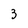
Character: 3